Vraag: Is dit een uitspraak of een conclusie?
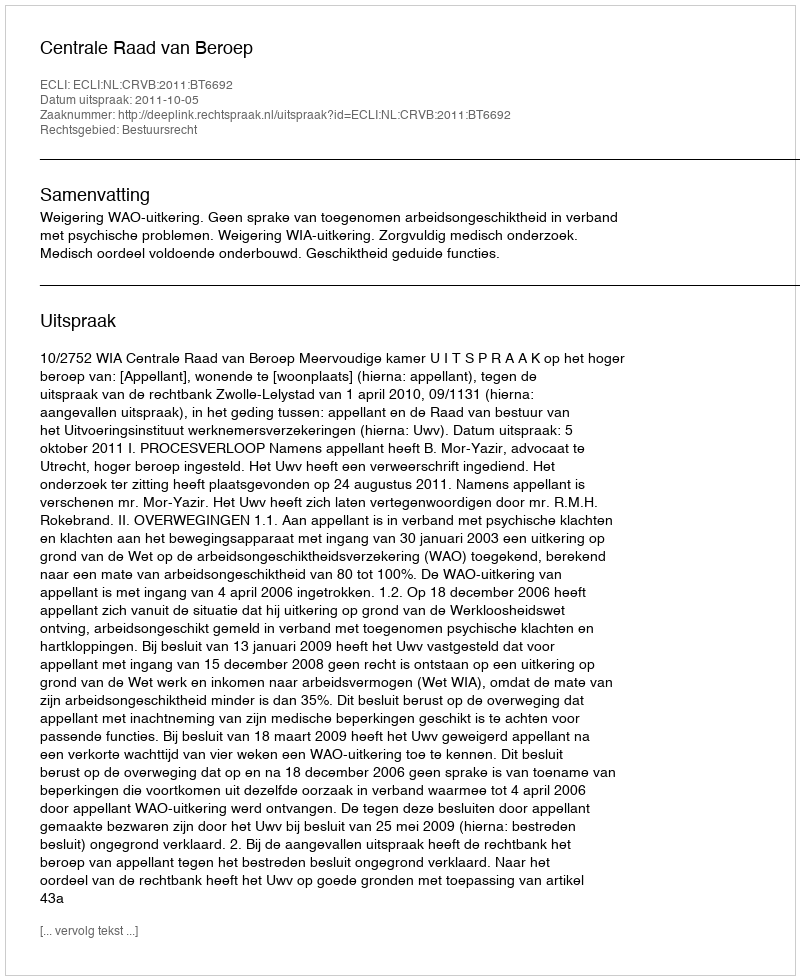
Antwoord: Uitspraak